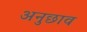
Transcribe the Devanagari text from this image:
अनुछाव